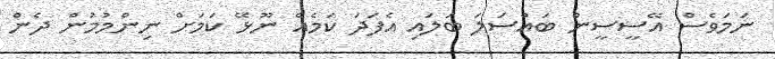
ނަމަވެސް އޭސީސީން ބައްސަލަ ބަލައި އެފަދަ ކަމެއް ނޫޅޭ ކަމަށް ނިންމުމުން ދެން